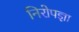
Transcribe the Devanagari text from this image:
निरोपज्ञा